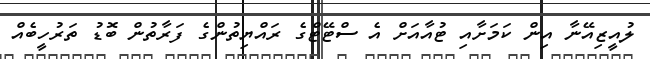
ލުއީޒިއޭނާ އިން ކަމަށާއި ޓުއާއަށް އެ ސްޓޭޓްގެ ރައްޔިތުންގެ ފަރާތުން ބޮޑު ތަރުހީބެއް